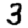
Digit: 3